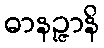
ဓာနဉ္ဇာနိ